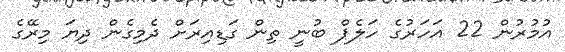
އުމުރުން 22 އަހަރުގެ ހަލެޕް ބުނީ ތިން ގަޑިއިރަށް ދެމިގެން ދިޔަ މިރޭގެ